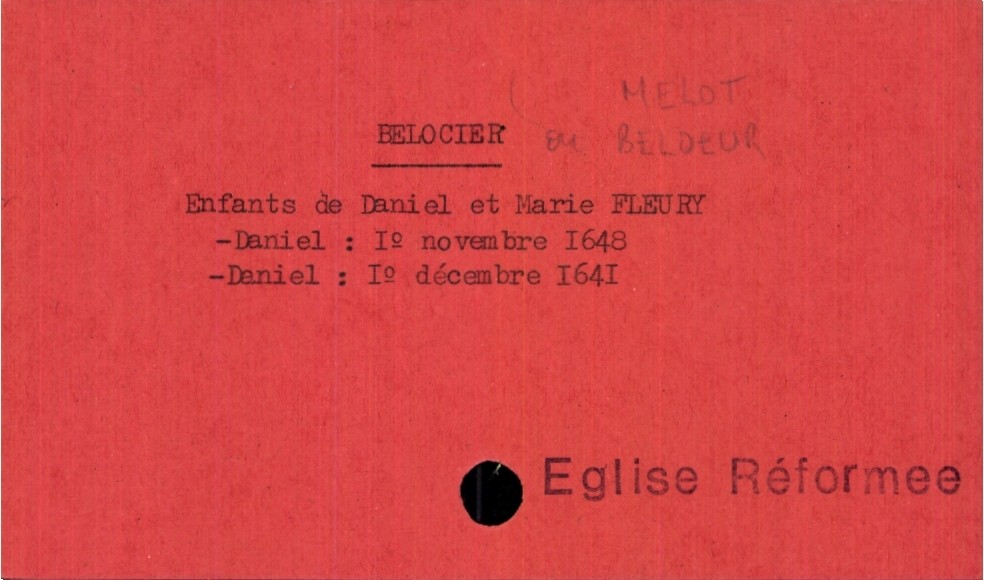
type_acte: Baptême
observations: Eglise Réformee
filiation: fils
enfant_prénom: Daniel
enfant_date_de_naissance: 1° décembre 641
père_enfant_nom: Belocier
père_enfant_prénom: Daniel
mère_enfant_nom: Fleury
mère_enfant_prénom: Marie